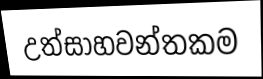
උත්සාහවන්තකම